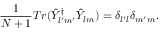
\frac { 1 } { N + 1 } T r ( \hat { Y } _ { l ^ { \prime } m ^ { \prime } } ^ { \dagger } \hat { Y } _ { l m } ) = \delta _ { l ^ { \prime } l } \delta _ { m ^ { \prime } m } .